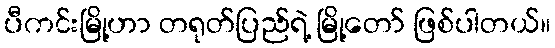
ပီကင်းမြို့ဟာ တရုတ်ပြည်ရဲ့ မြို့တော် ဖြစ်ပါတယ်။